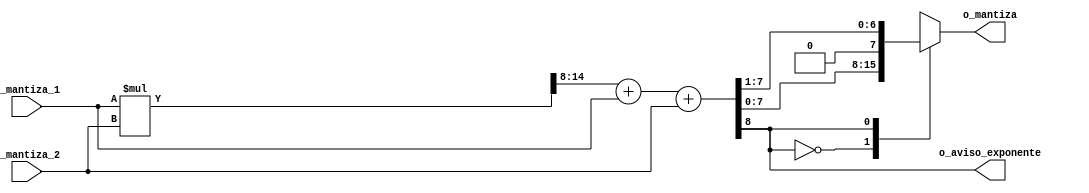
//! @title Multiplicador de mantiza 1 GP02
//! @file multiplicador_mantiza.v
//! @author MartinE
// Se debe hacer con un multiplicador de 8x8 y para ello se deben tener en cuenta los casos donde importa el 1 que no se pone en la mantiza


module multiplicador_mantiza (
output  [7:0]   o_mantiza,
output          o_aviso_exponente,
input   [7:0]   i_mantiza_1,
input   [7:0]   i_mantiza_2
);

reg [15:0]  multiplicacion;
reg [8:0]   salida_multiplicador;
reg [7:0]   r_o_mantiza;
reg         r_o_aviso_exponente;

always @(*) begin
    multiplicacion = i_mantiza_1*i_mantiza_2;
    salida_multiplicador = {1'b0, multiplicacion[14:8]} + i_mantiza_1 + i_mantiza_2;
    r_o_aviso_exponente = salida_multiplicador[8];
    case (salida_multiplicador[8])
        1'b0: r_o_mantiza = salida_multiplicador[7:0];
        1'b1: r_o_mantiza = {1'b0, salida_multiplicador[7:1]};
    endcase
end

assign o_aviso_exponente = r_o_aviso_exponente;
assign o_mantiza = r_o_mantiza;

endmodule